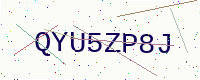
Text: QYU5ZP8J